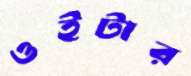
ওইটার